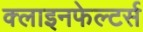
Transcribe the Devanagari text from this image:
क्लाइनफेल्टर्स